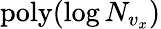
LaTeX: \mathrm{poly}(\log N_{v_{x}})